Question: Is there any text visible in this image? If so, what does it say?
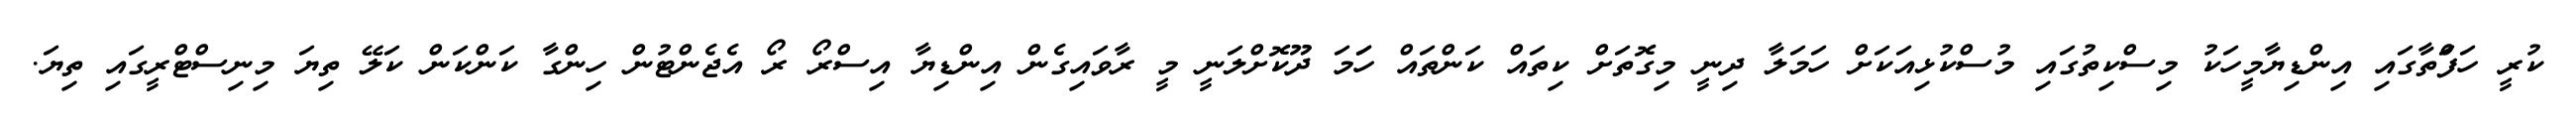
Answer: ކުރީ ހަފަްތާގައި އިންޑިޔާމީހަކު މިސްކިތުގައި މުސްކުޅިއަކަށް ހަމަލާ ދިނީ މިގޮތަށް ކިތައް ކަންތައް ހަަމަ ދޫކޮށްލަނީ މީ ރާވައިގެން އިންޑިޔާ އިސްރޯ ރޯ އެޖެންޓުން ހިންގާ ކަންކަން ކަލޭ ތިޔަ މިނިސްޓްރީގައި ތިޔަ.